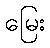
မြေး